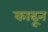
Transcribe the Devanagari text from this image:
काढू्न